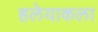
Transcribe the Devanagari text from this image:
हलेयाकला